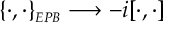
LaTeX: \{ \cdot , \cdot \} _ { \scriptscriptstyle E P B } \longrightarrow - i [ \cdot , \cdot ]